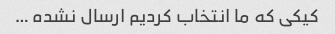
کیکی که ما انتخاب کردیم ارسال نشده …